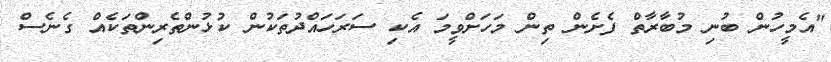
"އެމީހުން ބުނި މުބާރާތް ފެށެން ތިން މަހަށްވީމަ އެކި ސަރަހައްދުތަކުން ކުޅުންތެރިންތަކެއް ގެނެސް